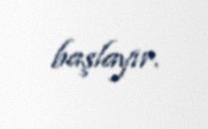
başlayır.